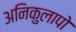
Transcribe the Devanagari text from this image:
अनिकुलापो